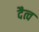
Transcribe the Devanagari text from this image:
दैत्व